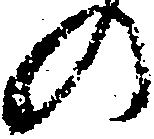
の